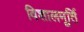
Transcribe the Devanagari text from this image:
विशालमूर्ति